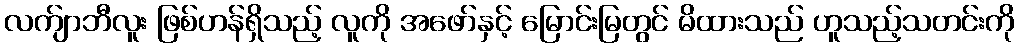
လက်ျာဘီလူး ဖြစ်ဟန်ရှိသည့် လူကို အဖော်နှင့် မြောင်းမြတွင် မိထားသည် ဟူသည့်သတင်းကို